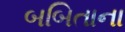
બબિતાના